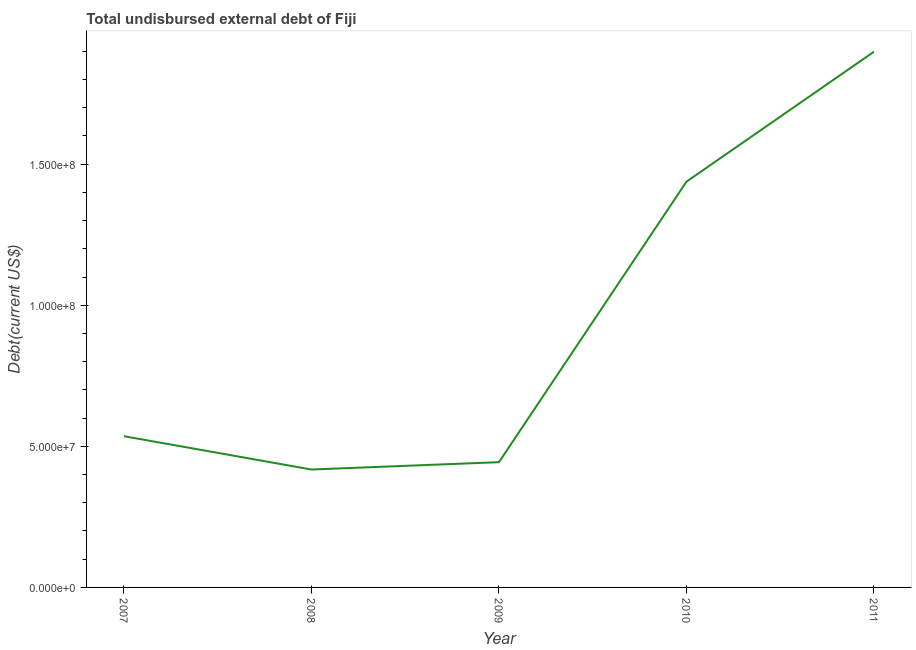
| Year | Total debt |
 | --- | --- |
 | 2007 | 5.36e+07 |
 | 2008 | 4.18e+07 |
 | 2009 | 4.44e+07 |
 | 2010 | 1.44e+08 |
 | 2011 | 1.9e+08 |